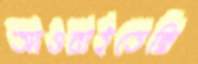
আওরাইতেছি